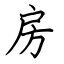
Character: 房